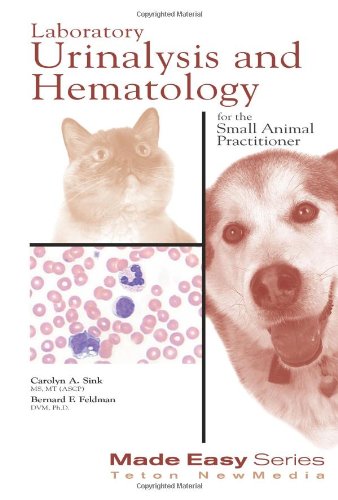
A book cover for Laboratory Urinalysis and Hematology for the Small Animal Practitioner (Made Easy Series); Carolyn A. Sink; Medical Books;